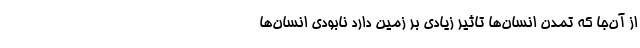
از آن‌جا که تمدن انسان‌ها تاثیر زیادی بر زمین دارد نابودی انسان‌ها